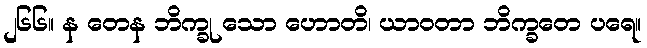
၂၆၆။ န တေန ဘိက္ခု သော ဟောတိ၊ ယာဝတာ ဘိက္ခတေ ပရေ။